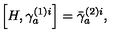
\left[ H , \gamma _ { a } ^ { ( 1 ) i } \right] = \bar { \gamma } _ { a } ^ { ( 2 ) i } ,